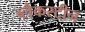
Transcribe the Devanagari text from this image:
ब्लैकस्टीन